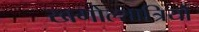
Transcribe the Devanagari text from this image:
खगोल्शात्रियों